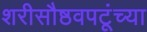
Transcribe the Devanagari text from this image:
शरीसौष्ठवपटूंच्या